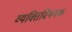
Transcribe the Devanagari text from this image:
व्यक्तिविषयक